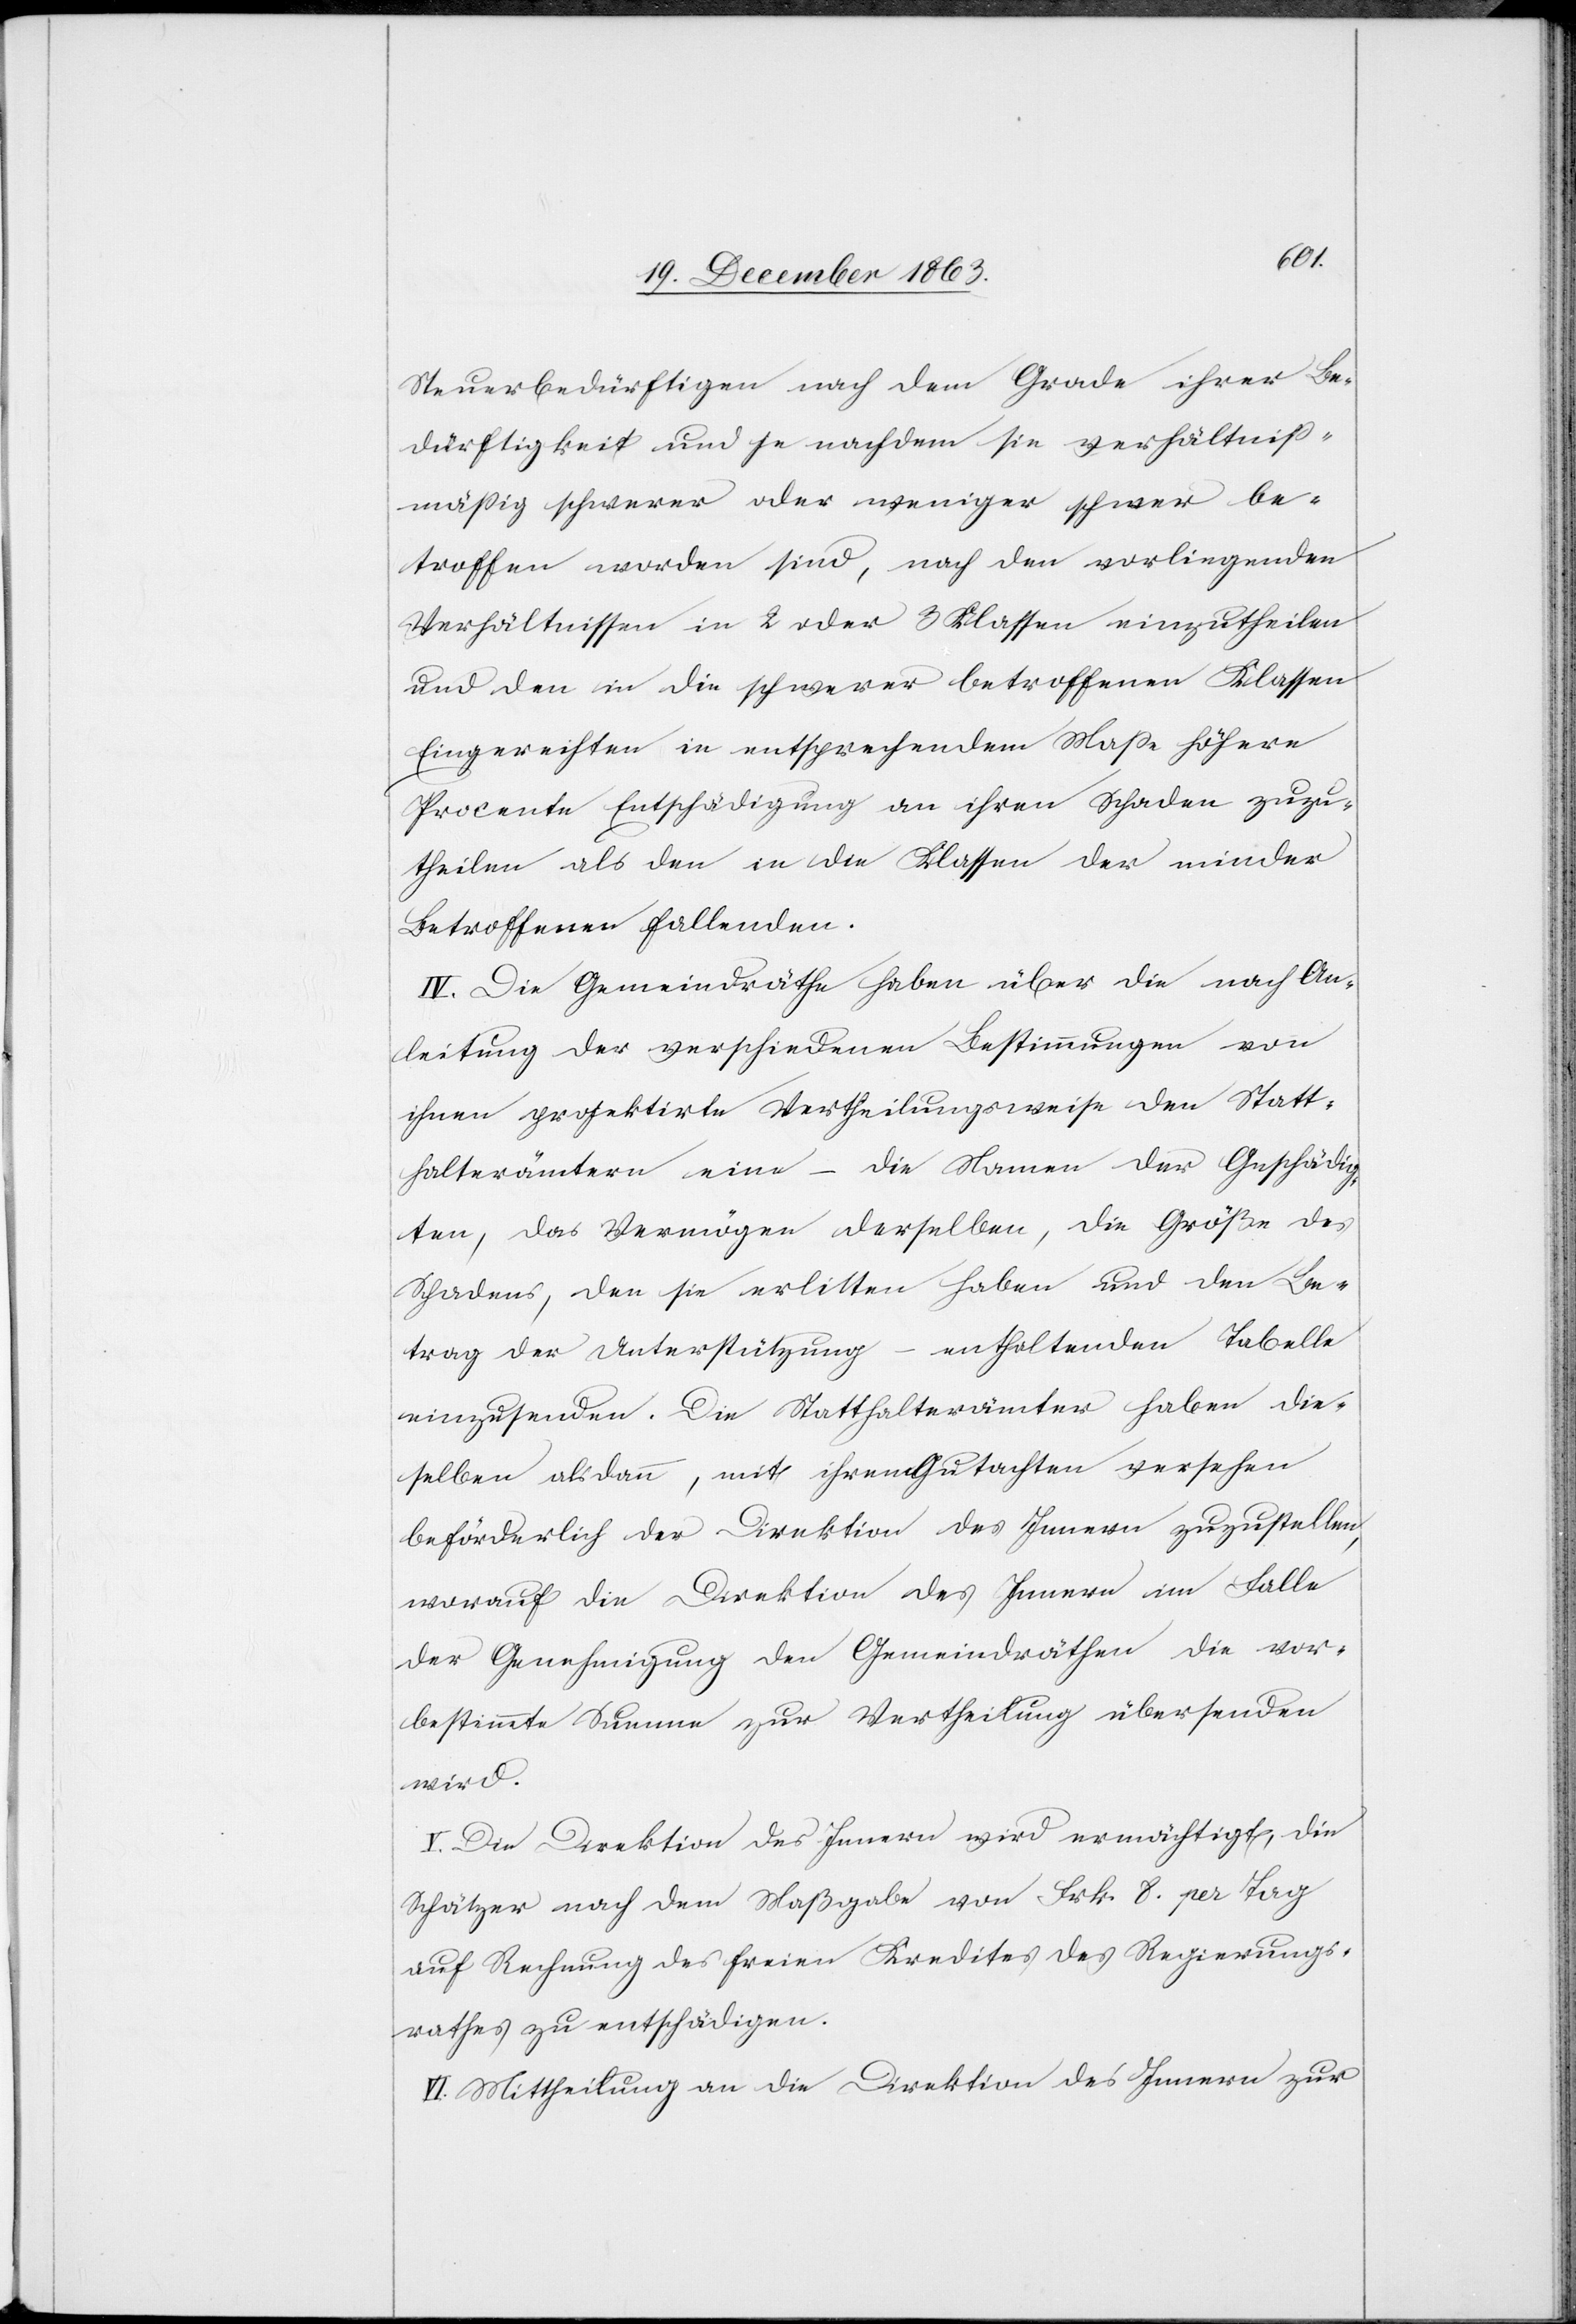
Steuerbedürftigen nach dem Grade ihrer Be¬
dürftigkeit und je nachdem sie verhältniß¬
mässig schwerer oder weniger schwer be¬
troffen worden sind, nach den vorliegenden
Verhältnissen in 2 oder 3 Klassen einzutheilen
und den in die schwerer betroffenen Klassen
Eingereihten in entsprechendem Masse höhere
Procente Entschädigung an ihren Schaden zuzu¬
theilen als den in die Klassen der minder
Betroffenen fallenden.
IV. Die Gemeindräthe haben über die nach An¬
leitung der verschiedenen Bestimmungen von
ihnen projektirte Vertheilungsweise den Statt¬
halterämtern eine – die Namen der Geschädig¬
ten, das Vermögen derselben, die Größe des
Schadens, den sie erlitten haben und den Be¬
trag der Unterstützung – enthaltenden Tabelle
einzusenden. Die Statthalterämter haben die¬
selben alsdann, mit ihrem Gutachten versehen
beförderlich der Direktion des Innern zuzustellen,
worauf die Direktion des Innern im Falle
der Genehmigung den Gemeindräthen die vor¬
bestimmte Summe zur Vertheilung übersenden
wird.
V. Die Direktion des Innern wird ermächtigt, die
Schätzer nach dem Maßgabe von Frk. 8. per Tag
auf Rechnung des freien Kredites des Regierungs¬
rathes zu entschädigen.
VI. Mittheilung an die Direktion des Innern zur